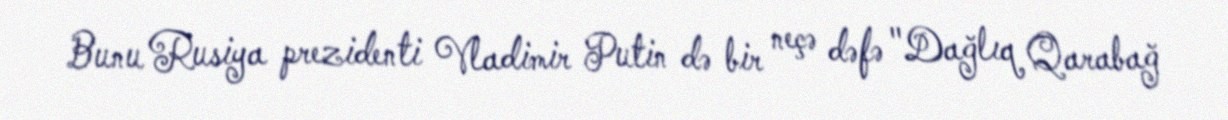
Bunu Rusiya prezidenti Vladimir Putin də bir neçə dəfə "Dağlıq Qarabağ